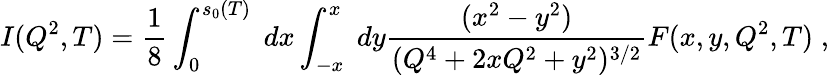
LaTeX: I(Q^{2},T)=\frac{1}{8}\int_{0}^{s_{0}(T)}\; dx\int_{-x}^{x}\; dy\frac{(x^{2}-y^{2})}{(Q^{4}+2xQ^{2}+y^{2})^{3/2}}F(x,y,Q^{2},T)\; ,